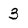
Character: 3